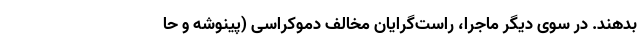
بدهند. در سوی دیگر ماجرا، راست‌گرایان مخالف دموکراسی (پینوشه و حا